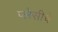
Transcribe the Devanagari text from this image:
प्लेसीचे